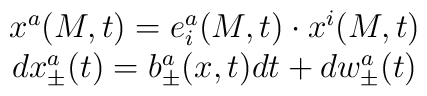
\begin{array}{c}x^a(M,t)=e_i^a(M,t)\cdot x^i(M,t) \\ dx_{\pm }^a(t)=b_{\pm }^a(x,t)dt+dw_{\pm }^a(t)\end{array}